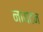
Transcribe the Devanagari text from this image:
नायटन